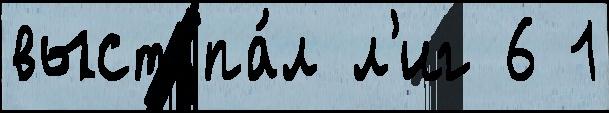
выступа́л л'иг 6 1